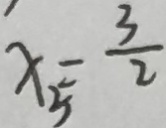
x _ { 5 } = \frac { 3 } { 2 }